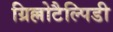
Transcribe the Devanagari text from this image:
ग्रिल्लोटैल्पिडी